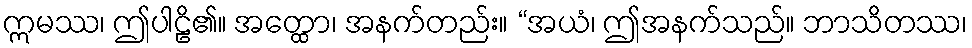
ဣမဿ၊ ဤပါဠိ၏။ အတ္ထော၊ အနက်တည်း။ “အယံ၊ ဤအနက်သည်။ ဘာသိတဿ၊